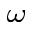
_ { \omega }